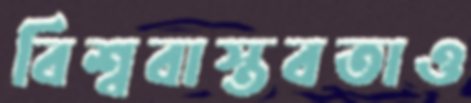
বিশ্ববাস্তবতাও